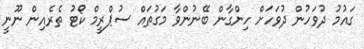
ގައުމު ދުވަހުން ދުވަހަށް ހިންގާން ބޭނުންވާ މަގުތައް ސުޕްރީމް ކޯޓު ތެރެއިން ނޫނީ